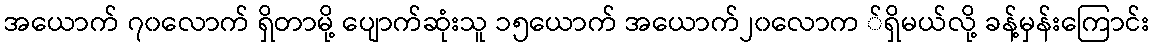
အယောက် ၇၀လောက် ရှိတာမို့ ပျောက်ဆုံးသူ ၁၅ယောက် အယောက်၂၀လောက ်ရှိမယ်လို့ ခန့်မှန်းကြောင်း